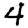
Digit: 4